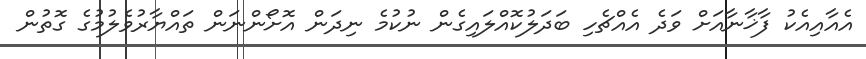
އެއާއިއެކު ފާޚާނާއަށް ވަދެ އެއްޗެހި ބަދަލުކޮއްލައިގެން ނުކުމެ ނިދަން އޮށޯންނަން ތައްޔާރުވެލުމުގެ ގޮތުން